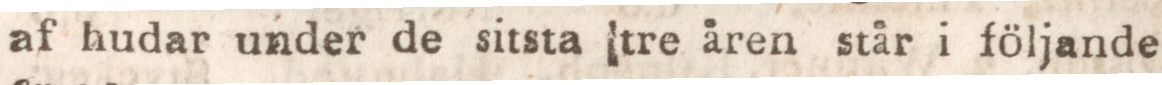
af hudar under de sitsta tre åren står i följande